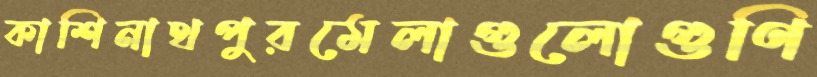
কাশিনাথপুরমেলাগুলোগুণি